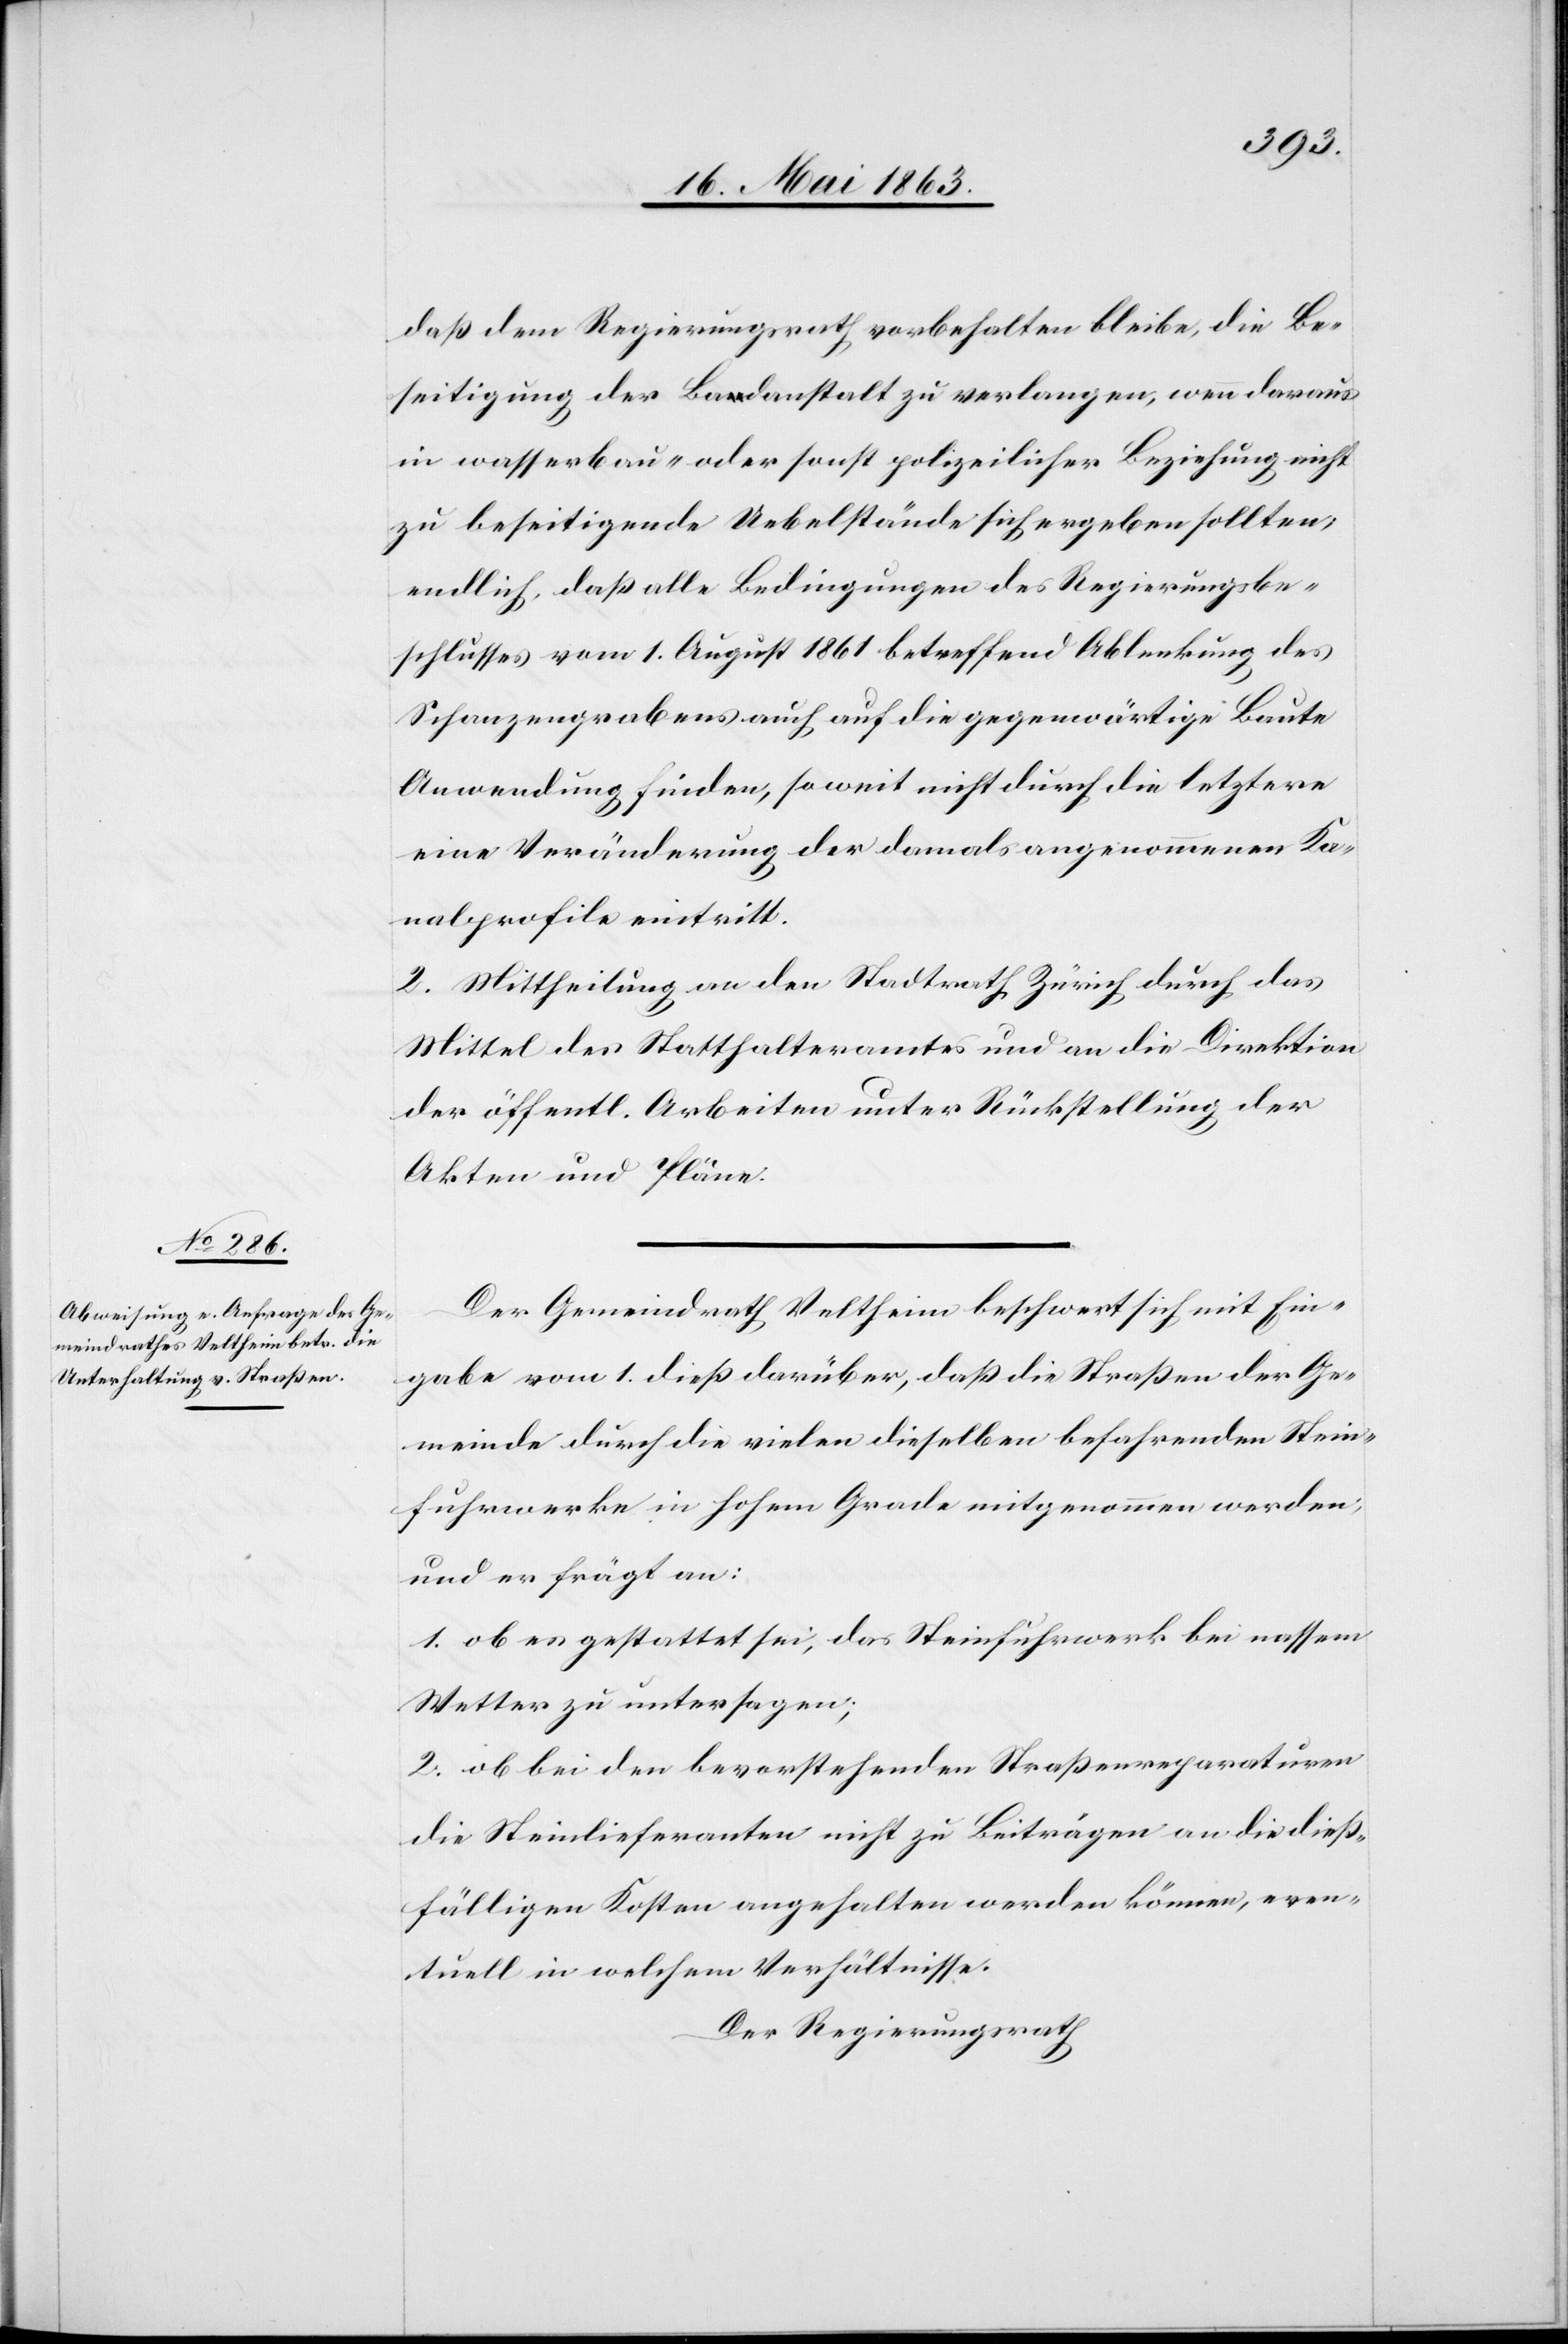
daß dem Regierungsrath vorbehalten bleibe, die Be¬
seitigung der Badanstalt zu verlangen, wenn daraus
in wasserbau- oder sonst polizeilicher Beziehung nicht
zu beseitigende Uebelstände sich ergeben sollten,
endlich, daß alle Bedingungen des Regierungsbe¬
schlusses vom 1. August 1861 betreffend Ablenkung des
Schanzengrabens auch auf die gegenwärtige Baute
Anwendung finden, soweit nicht durch die letztere
eine Veränderung der damals angenommenen Ka¬
nalprofile eintritt.
2. Mittheilung an den Stadtrath Zürich durch das
Mittel des Statthalteramtes und an die Direktion
der öffentl. Arbeiten unter Rückstellung der
Akten und Pläne.
Der Gemeindrath Veltheim beschwert sich mit Ein¬
gabe vom 1. dieß darüber, daß die Straßen der Ge¬
meinde durch die vielen dieselben befahrenden Stein¬
fuhrwerke in hohem Grade mitgenommen werden,
und er frägt an:
1. ob es gestattet sei, das Steinfuhrwerk bei nassem
Wetter zu untersagen;
2. ob bei den bevorstehenden Straßenreparaturen
die Steinlieferanten nicht zu Beiträgen an die dieß¬
fälligen Kosten angehalten werden können, even¬
tuell in welchem Verhältnisse.
Der Regierungsrath